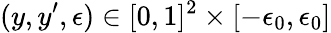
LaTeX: (y,y^{\prime},\epsilon)\in[0,1]^{2}\times[-\epsilon_{0},\epsilon_{0}]